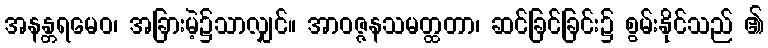
အနန္တရမေဝ၊ အခြားမဲ့၌သာလျှင်။ အာဝဇ္ဇနသမတ္ထတာ၊ ဆင်ခြင်ခြင်း၌ စွမ်းနိုင်သည် ၏